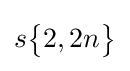
s{\begin{Bmatrix}2,2n\end{Bmatrix}}